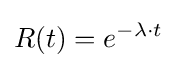
R(t)=e^{-\lambda \cdot t}